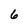
Character: 6